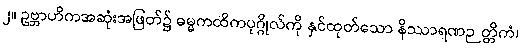
၂။ ဥဗ္ဘာဟိကအဆုံးအဖြတ်၌ ဓမ္မကထိကပုဂ္ဂိုလ်ကို နှင်ထုတ်သော နိဿာရဏဉတ္တိကံ၊